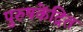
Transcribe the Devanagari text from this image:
पुरुषकेंद्रित